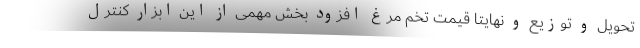
تحویل و توزیع و نهایتا قیمت تخم مرغ افزود بخش مهمی از این ابزار کنترل